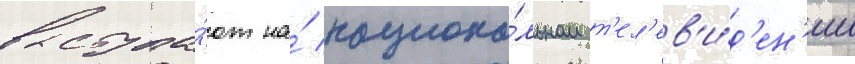
выступа́ют на́ национа́льном т'ел'ев'и́д'ен'ии